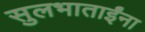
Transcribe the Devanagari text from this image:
सुलभाताईंना